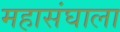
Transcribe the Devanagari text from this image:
महासंघाला